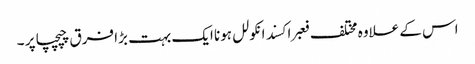
اس کے علاوہ مختلف فعبراکسند انکولل ہونا ایک بہت بڑا فرق چپچپا پر ۔